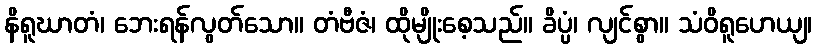
နိရူဃာတံ၊ ဘေးရန်လွတ်သော။ တံဗီဇံ၊ ထိုမျိုးစေ့သည်။ ခိပ္ပံ၊ လျင်စွာ။ သံဝိရူဟေယျ၊